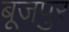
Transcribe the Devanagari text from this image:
बूजपुर